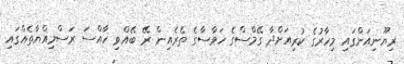
ރިޔޫނިއަންގައި މިހާރުގެ ކުރިއަށްދާ ގޭމްސްގެ ހަވާސާގެ ތެރެއިން ރޭ ބޭއްވި ހާއްސަ ރަސްމިއްޔާތެއްގައި